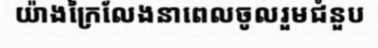
យ៉ាងក្រៃលែងនាពេលចូលរួមជំនួប